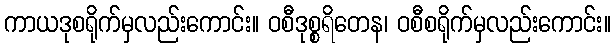
ကာယဒုစရိုက်မှလည်းကောင်း။ ဝစီဒုစ္စရိတေန၊ ဝစီစရိုက်မှလည်းကောင်း။